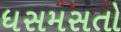
ધસમસતો